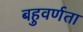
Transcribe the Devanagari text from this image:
बहुवर्णता